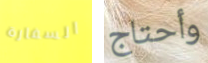
السفارة وأحتاج